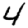
Digit: 4